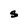
Character: s